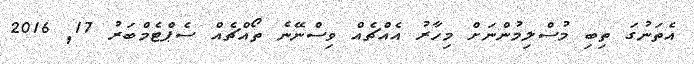
އެތަނުގަ ތިބި މުސްލިމުންނަށް މިހާރު އެއްޗެއް ވިސްނޭނެ ތޯއްޗެއް ސެޕްޓެމްބަރު 17